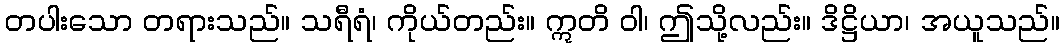
တပါးသော တရားသည်။ သရီရံ၊ ကိုယ်တည်း။ ဣတိ ဝါ၊ ဤသို့လည်း။ ဒိဋ္ဌိယာ၊ အယူသည်။